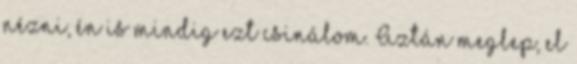
nézni, én is mindig ezt csinálom. Aztán meglep, el